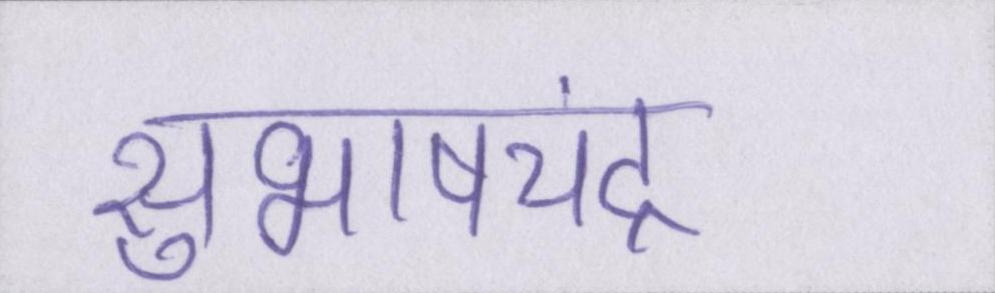
सुभाषचंद्र